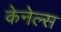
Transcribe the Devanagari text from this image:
केनेल्स